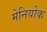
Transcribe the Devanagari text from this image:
मेनियोक